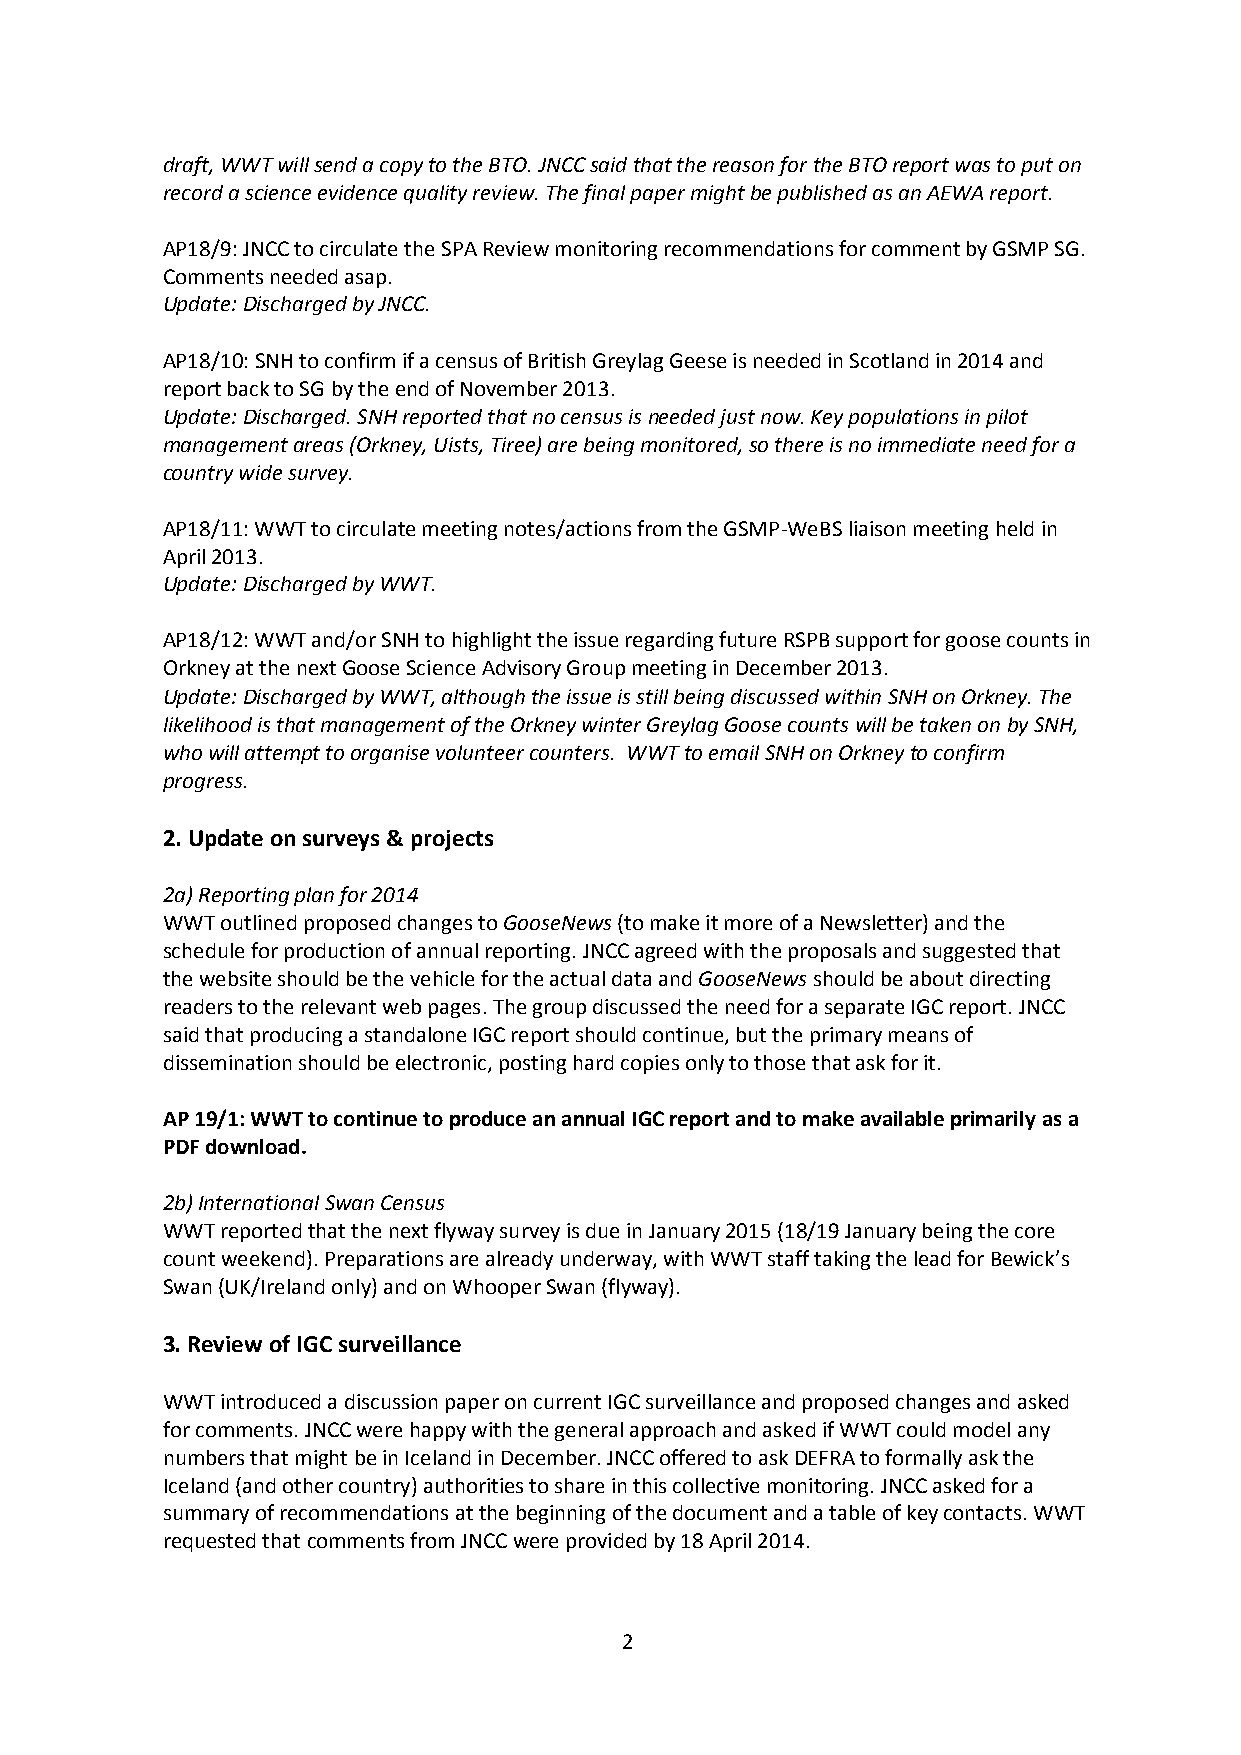
draft, WWT will send a copy to the BTO. JNCC said that the reason for the BTO report was to put on
 record a science evidence quality review. The final paper might be published as an AEWA report.
 AP18/9: JNCC to circulate the SPA Review monitoring recommendations for comment by GSMP SG.
 Comments needed asap.
 Update: Discharged by JNCC.
 AP18/10: SNH to confirm if a census of British Greylag Geese is needed in Scotland in 2014 and
 report back to SG by the end of November 2013.
 Update: Discharged. SNH reported that no census is needed just now. Key populations in pilot
 management areas (Orkney, Uists, Tiree) are being monitored, so there is no immediate need for a
 country wide survey.
 AP18/11: WWT to circulate meeting notes/actions from the GSMP-WeBS liaison meeting held in
 April 2013.
 Update: Discharged by WWT.
 AP18/12: WWT and/or SNH to highlight the issue regarding future RSPB support for goose counts in
 Orkney at the next Goose Science Advisory Group meeting in December 2013.
 Update: Discharged by WWT, although the issue is still being discussed within SNH on Orkney. The
 likelihood is that management of the Orkney winter Greylag Goose counts will be taken on by SNH,
 who will attempt to organise volunteer counters. WWT to email SNH on Orkney to confirm
 progress.
 2. Update on surveys & projects
 2a) Reporting plan for 2014
 WWT outlined proposed changes to GooseNews (to make it more of a Newsletter) and the
 schedule for production of annual reporting. JNCC agreed with the proposals and suggested that
 the website should be the vehicle for the actual data and GooseNews should be about directing
 readers to the relevant web pages. The group discussed the need for a separate IGC report. JNCC
 said that producing a standalone IGC report should continue, but the primary means of
 dissemination should be electronic, posting hard copies only to those that ask for it.
 AP 19/1: WWT to continue to produce an annual IGC report and to make available primarily as a
 PDF download.
 2b) International Swan Census
 WWT reported that the next flyway survey is due in January 2015 (18/19 January being the core
 count weekend). Preparations are already underway, with WWT staff taking the lead for Bewick’s
 Swan (UK/Ireland only) and on Whooper Swan (flyway).
 3. Review of IGC surveillance
 WWT introduced a discussion paper on current IGC surveillance and proposed changes and asked
 for comments. JNCC were happy with the general approach and asked if WWT could model any
 numbers that might be in Iceland in December. JNCC offered to ask DEFRA to formally ask the
 Iceland (and other country) authorities to share in this collective monitoring. JNCC asked for a
 summary of recommendations at the beginning of the document and a table of key contacts. WWT
 requested that comments from JNCC were provided by 18 April 2014.
 2